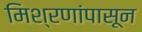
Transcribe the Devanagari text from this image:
मिश्रणांपासून